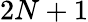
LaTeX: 2N+1